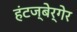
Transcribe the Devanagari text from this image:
हंटज्बेर्गेर